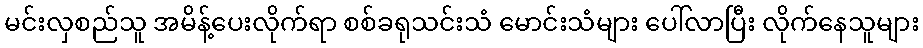
မင်းလှစည်သူ အမိန့်ပေးလိုက်ရာ စစ်ခရုသင်းသံ မောင်းသံများ ပေါ်လာပြီး လိုက်နေသူများ